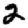
Digit: 2